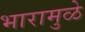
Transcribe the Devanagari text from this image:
भारामुळे